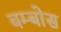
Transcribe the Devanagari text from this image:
बम्बोस